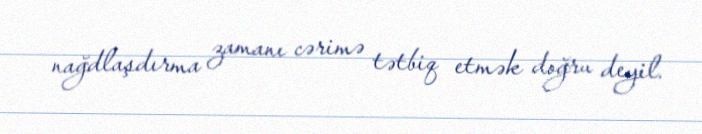
nağdlaşdırma zamanı cərimə tətbiq etmək doğru deyil.